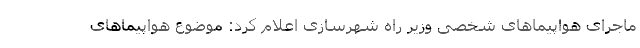
ماجرای هواپیماهای شخصی وزیر راه شهرسازی اعلام کرد: موضوع هواپیماهای